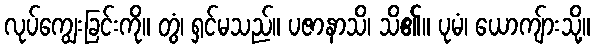
လုပ်ကျွေးခြင်းကို။ တွံ၊ ရှင်မသည်။ ပဇာနာသိ၊ သိ၏။ ပုမံ၊ ယောကျ်ားသို့။